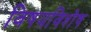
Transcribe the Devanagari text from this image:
विषयविशेष